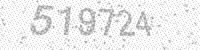
Solution: 519724